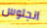
انجلوس